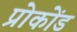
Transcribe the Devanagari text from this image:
प्रोकोंड